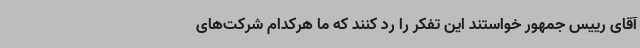
آقای رییس جمهور خواستند این تفکر را رد کنند که ما هرکدام شرکت‌های